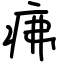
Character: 疿